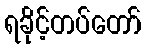
ရခိုင့်တပ်တော်